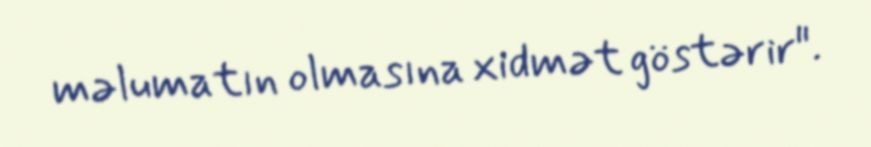
məlumatın olmasına xidmət göstərir".